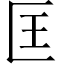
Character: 匡